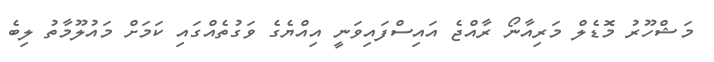
މަޝްހޫރު މޮޑެލް މަރިއާނޯ ރާއްޖެ އައިސްފައިވަނީ އިއްޔެގެ ވަގުތެއްގައި ކަމަށް މައުލޫމާތު ލިބެ